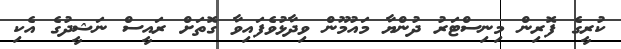
ކުރީގެ ފޮރިން މިނިސްޓަރު ދުންޔާ މައުމޫން ވިދާޅުވެފައިވާ ގޮތަށް ރައީސް ނަޝީދުގެ އެކި